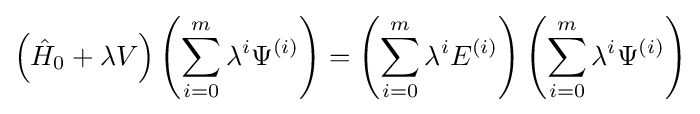
\left({\hat {H}}_{0}+\lambda V\right)\left(\sum _{i=0}^{m}\lambda ^{i}\Psi ^{(i)}\right)=\left(\sum _{i=0}^{m}\lambda ^{i}E^{(i)}\right)\left(\sum _{i=0}^{m}\lambda ^{i}\Psi ^{(i)}\right)